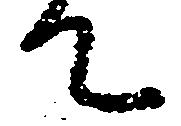
て